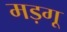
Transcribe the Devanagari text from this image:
मड़गू